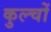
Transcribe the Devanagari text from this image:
कुल्चों